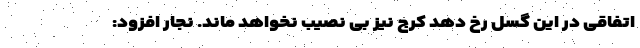
اتفاقی در این گسل رخ دهد کرج نیز بی نصیب نخواهد ماند. نجار افزود: